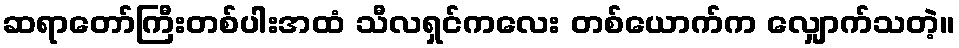
ဆရာတော်ကြီးတစ်ပါးအထံ သီလရှင်ကလေး တစ်ယောက်က လျှောက်သတဲ့။